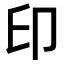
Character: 印